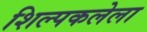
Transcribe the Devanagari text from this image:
शिल्पकलेला